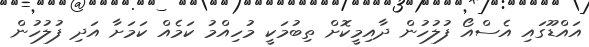
އައްޑޫގައި އެސްއޯ ފުލުހުން ދާއިމީކޮށް ތިބުމަކީ މުހިއްމު ކަމެއް ކަމަށާ އަދި ފުލުހުން